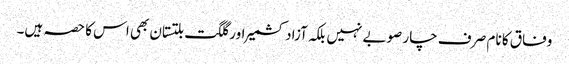
وفاق کا نام صر ف چار صوبے نہیں بلکہ آزادکشمیر اور گلگت بلتستان بھی اس کا حصہ ہیں۔